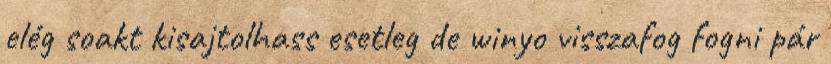
elég soakt kisajtolhass esetleg de winyo visszafog fogni pár